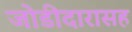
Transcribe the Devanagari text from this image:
जोडीदारासह